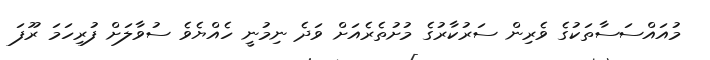
މުއައްސަސާތަކުގެ ވެރިން ސަރުކާރުގެ މުށުތެރެއަށް ވަދެ ނިމުނީ ހެއްޔެވެ ސުވާލަށް ފުރިހަމަ ރޫފަ